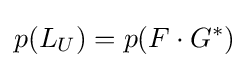
p(L_{U})=p(F\cdot G^{*})